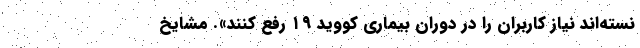
نسته‌اند نیاز کاربران را در دوران بیماری کووید ۱۹ رفع کنند». مشایخ